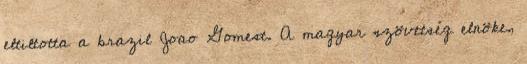
eltiltotta a brazil Joao Gomest. A magyar szövetség elnöke,